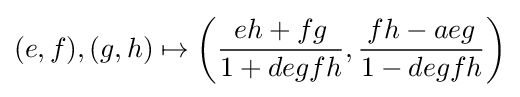
(e,f),(g,h)\mapsto \left({\frac {eh+fg}{1+degfh}},{\frac {fh-aeg}{1-degfh}}\right)